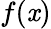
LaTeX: f(\mathit{x})